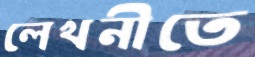
লেখনীতে